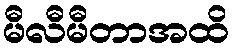
မီလီမီတာအထိ